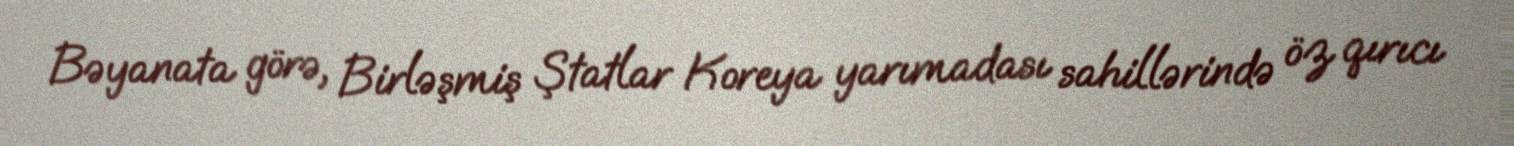
Bəyanata görə, Birləşmiş Ştatlar Koreya yarımadası sahillərində öz qırıcı